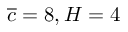
\overline { { c } } = 8 , H = 4